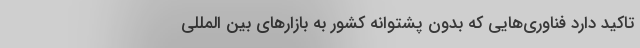
تاکید دارد فناوری‌هایی که بدون پشتوانه کشور به بازارهای بین المللی